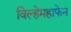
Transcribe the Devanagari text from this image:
विल्हेमहाफेन